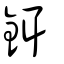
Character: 鉺